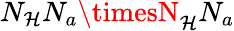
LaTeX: N_{\mathcal{H}}N_{a}\timesN_{\mathcal{H}}N_{a}